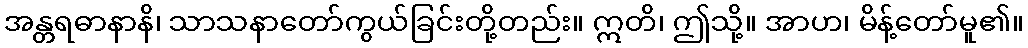
အန္တရဓာနာနိ၊ သာသနာတော်ကွယ်ခြင်းတို့တည်း။ ဣတိ၊ ဤသို့။ အာဟ၊ မိန့်တော်မူ၏။